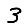
Digit: 3